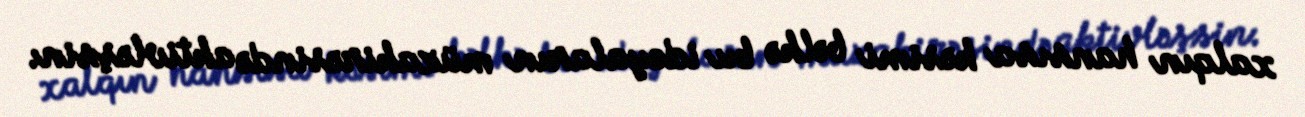
xalqın hansısa kəsimi bəlkə bu ideyaların müzakirəsində aktivləşsin.